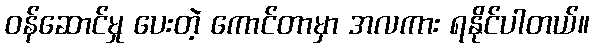
ဝန်ဆောင်မှု ပေးတဲ့ ကောင်တာမှာ အလကား ရနိုင်ပါတယ်။